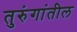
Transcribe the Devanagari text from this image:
तुरुंगांतील